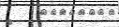
٧